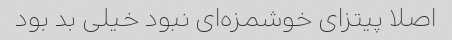
اصلا پیتزای خوشمزه‌ای نبود خیلی بد بود